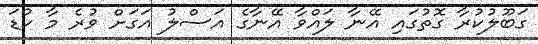
ގަބޫލުކުރާ ގޮތުގައި އޭނާ ލައްވާ އޭނާގެ އަސްލު އަގަށް ވުރެ މާ ކުޑަ